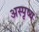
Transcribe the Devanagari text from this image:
अस्पृष्य